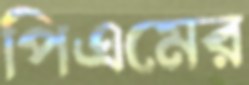
পিএমের